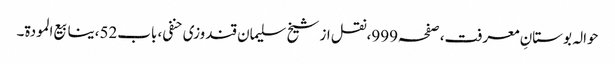
حوالہ بوستانِ معرفت،صفحہ999،نقل از شیخ سلیمان قندوزی حنفی، باب52،ینابیع المودة۔